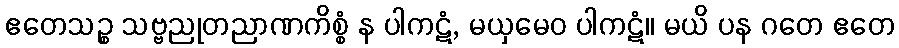
ဧတေသဉ္စ သဗ္ဗညုတညာဏကိစ္စံ န ပါကဋံ, မယှမေဝ ပါကဋံ။ မယိ ပန ဂတေ ဧတေ